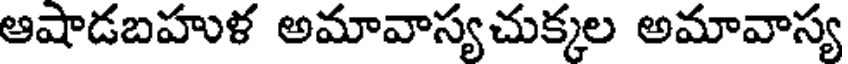
ఆషాడబహుళ అమావాస్యచుక్కల అమావాస్య